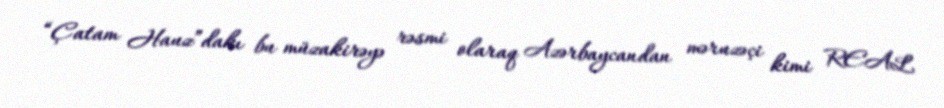
“Çatam Hauz”dakı bu müzakirəyə rəsmi olaraq Azərbaycandan məruzəçi kimi REAL